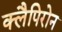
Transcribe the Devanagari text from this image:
क्लैपिरोन